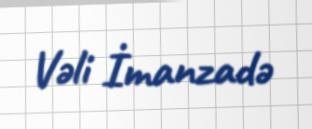
Vəli İmanzadə